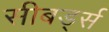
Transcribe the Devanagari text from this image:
सीबर्ड्स